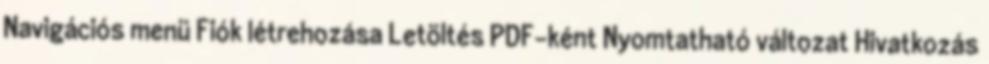
Navigációs menü Fiók létrehozása Letöltés PDF-ként Nyomtatható változat Hivatkozás